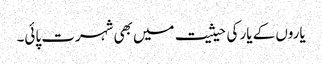
یاروں کے یار کی حیثیت میں بھی شہرت پائی۔